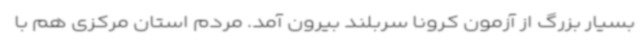
بسیار بزرگ از آزمون کرونا سربلند بیرون آمد. مردم استان مرکزی هم با